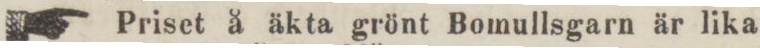
Priset å äkta grönt Bomullsgarn är lika